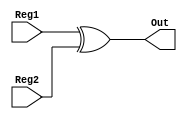
module BIT_XOR (Reg1, Reg2, Out);

input [15:0] Reg1, Reg2;
output [15:0] Out;

assign Out = Reg1 ^ Reg2;

endmodule